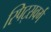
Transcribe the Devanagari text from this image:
स्पिट्सवर्ग